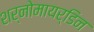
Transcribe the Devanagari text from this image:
शर्नोमायर्डिन